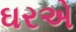
ઘરએ